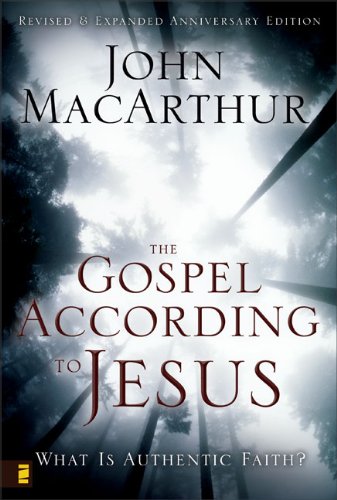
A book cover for The Gospel According to Jesus: What Is Authentic Faith?; John MacArthur; Christian Books & Bibles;